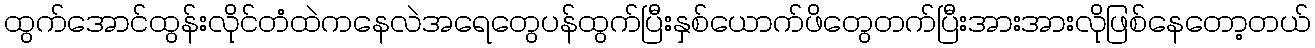
ထွက်အောင်ထွန်းလိုင်တံထဲကနေလဲအရေတွေပန်ထွက်ပြီးနှစ်ယောက်ဖိတွေတက်ပြီးအားအားလိုဖြစ်နေတော့တယ်